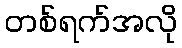
တစ်ရက်အလို